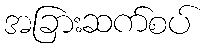
အခြားဆက်စပ်